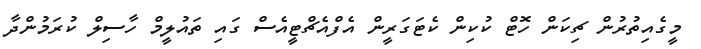
މީގެއިތުރުން ޗިކަން ހޮޓް ކުކިން ކެޓަގަރީން އެފްއެޗްޓީއެސް ގައި ތައުލީމް ހާސިލް ކުރަމުންދާ